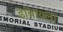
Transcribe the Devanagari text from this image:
डांबायला